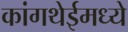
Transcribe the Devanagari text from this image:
कांगथेईमध्ये